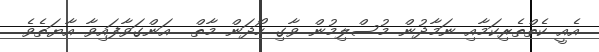
އެއީ ކެތްތެރިކަމާއި ނަމާދުން މުސްލިމުން ވާގި ހޯދަން މާތް  އަންގަވާފައިވާ އާޔަތެވެ.